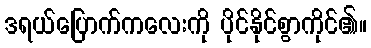
ဒရယ်ပြောက်ကလေးကို ပိုင်နိုင်စွာကိုင်၏။